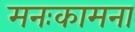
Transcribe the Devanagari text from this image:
मनःकामना